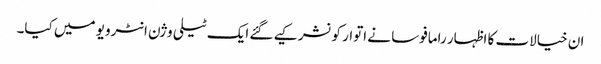
ان خیالات کا اظہار رامافوسا نے اتوار کو نشر کیے گئے ایک ٹیلی وژن انٹرویو میں کیا۔